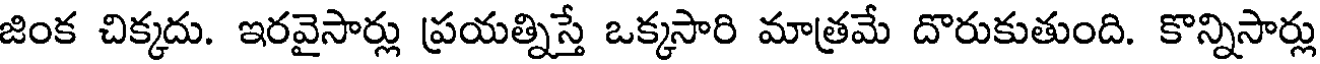
జింక చిక్కదు. ఇరవైసార్లు ప్రయత్నిస్తే ఒక్కసారి మాత్రమే దొరుకుతుంది. కొన్నిసార్లు